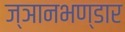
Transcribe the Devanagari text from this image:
ज्ञानभण्डार